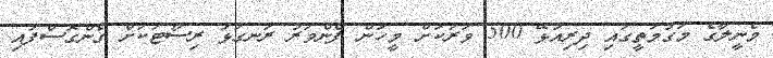
މެނީލާގެ މަގުމަތީގައި ދިރިއުޅޭ 500 ވަރަަކަށް މީހުން ފެންވަރު ރަނގަޅު ރިސޯޓަކަށް ގެންގޮސްފައި